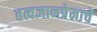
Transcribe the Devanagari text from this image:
तत्वज्ञानप्रेमाचे